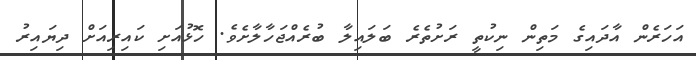
އަހަރެން އާދައިގެ މަތިން ނިކުތީ ރަށުތެރެ ބަލައިލާ ބުރެއްޖަހާލާށެވެ. ހޮޅުއަށި ކައިރިއަށް ދިޔައިރު